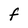
Character: f